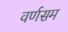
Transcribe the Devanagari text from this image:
वर्णसम